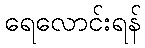
ရေလောင်းရန်